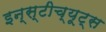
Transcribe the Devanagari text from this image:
इन्स्टीच्यूट्स